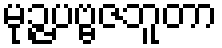
မုဉ္ဇပဗ္ဗဇဘူတာ